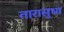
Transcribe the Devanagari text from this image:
तारासुधा